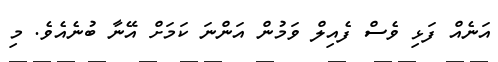
އަނެއް ފަޅި ވެސް ފެއިލް ވަމުން އަންނަ ކަމަށް އޭނާ ބުނެއެވެ. މި